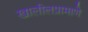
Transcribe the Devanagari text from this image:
खालीलप्रामाणे